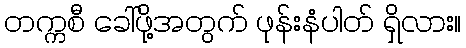
တက္ကစီ ခေါ်ဖို့အတွက် ဖုန်းနံပါတ် ရှိလား။